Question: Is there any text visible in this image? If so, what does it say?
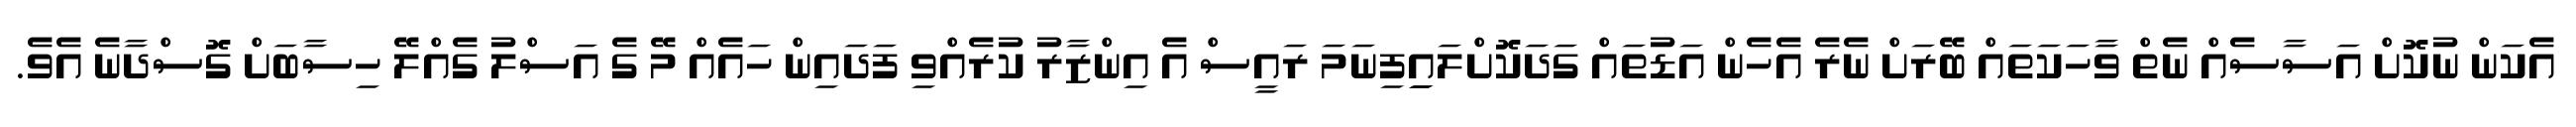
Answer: އެކަން ނުކޮށް އަސާސެއް ނެތް ވާހަކަތައް ބޭރަށް ނެރެ އެހެން އަޑުތައް ގަދަކޮށްލައިިފިނަމަ ރައީސް އެ އިންޒާރު ކުރެއްވި ފަދައިން ހައެއް މޭ ގެ އަސްލު ގެއްލޭ ހިސާބަށް ގޮސްދާނެ އެވެ.